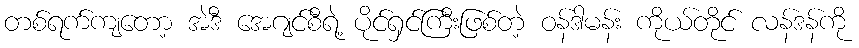
တစ်ရက်ကျတော့ အဲဒီ အေဂျင်စီရဲ့ ပိုင်ရှင်ကြီးဖြစ်တဲ့ ဝန်ဒါမန်း ကိုယ်တိုင် လန်ဒန်ကို